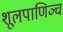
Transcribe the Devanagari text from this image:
शूलपाणिञ्च